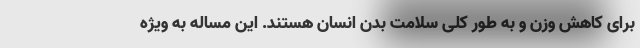
برای کاهش وزن و به طور کلی سلامت بدن انسان هستند. این مساله به ویژه